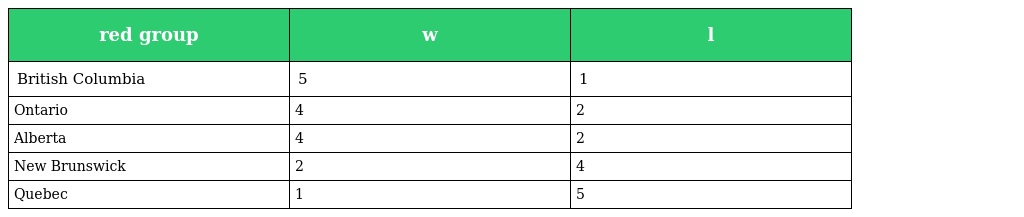
| red group | w | l |
 | --- | --- | --- |
 | British Columbia | 5 | 1 |
 | Ontario | 4 | 2 |
 | Alberta | 4 | 2 |
 | New Brunswick | 2 | 4 |
 | Quebec | 1 | 5 |